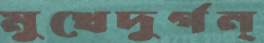
মুখেদুর্গন্